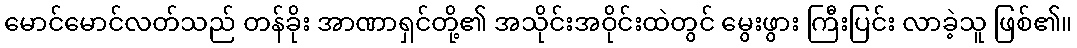
မောင်မောင်လတ်သည် တန်ခိုး အာဏာရှင်တို့၏ အသိုင်းအဝိုင်းထဲတွင် မွေးဖွား ကြီးပြင်း လာခဲ့သူ ဖြစ်၏။